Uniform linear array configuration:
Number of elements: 8
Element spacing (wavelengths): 0.25
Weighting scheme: hann
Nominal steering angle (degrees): -45
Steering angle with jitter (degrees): -45.194
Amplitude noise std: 0.05
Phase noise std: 0.05

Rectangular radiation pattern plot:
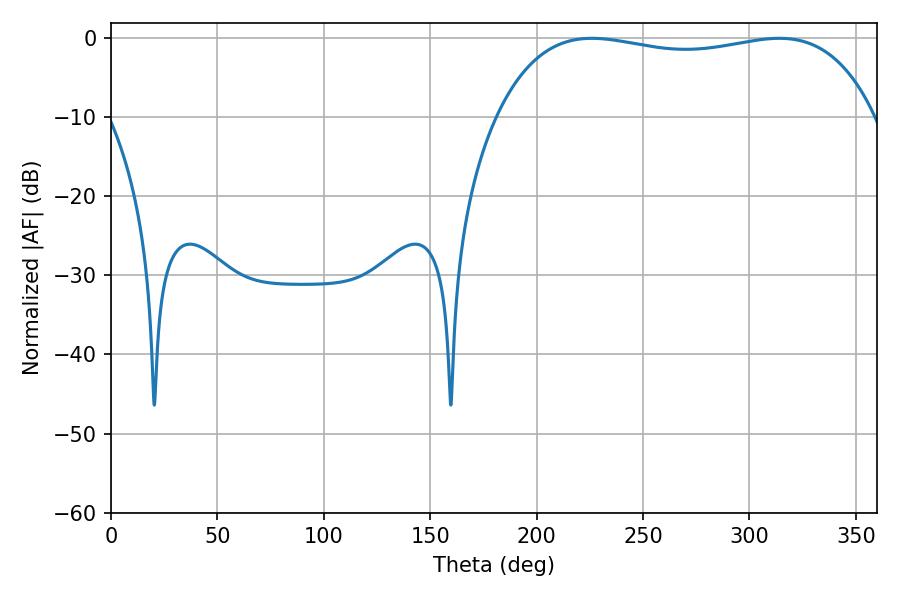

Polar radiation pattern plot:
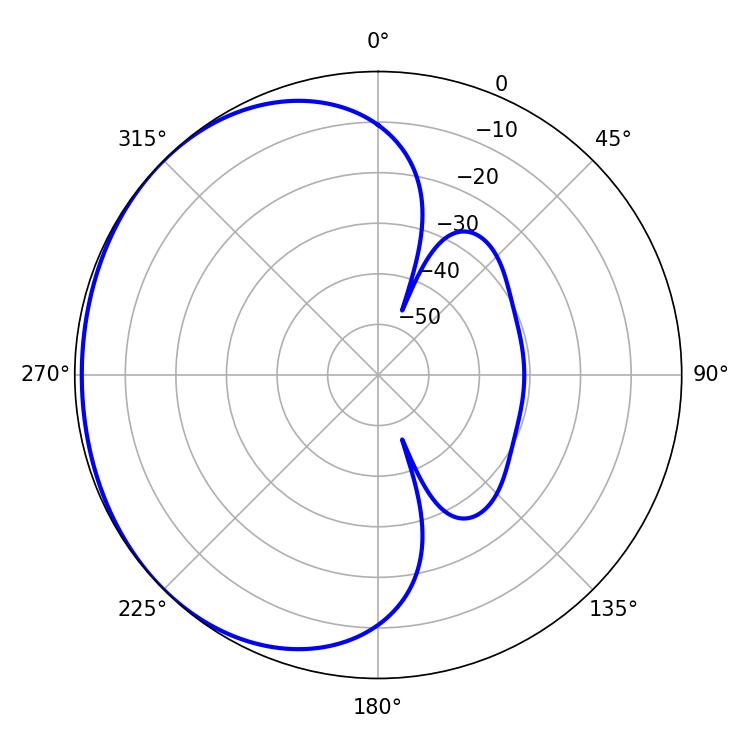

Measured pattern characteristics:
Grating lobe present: FALSE
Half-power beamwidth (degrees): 143.28
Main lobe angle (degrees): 225.9